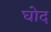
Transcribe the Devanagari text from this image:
घोद